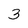
Character: 3